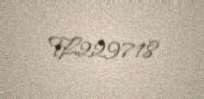
TL229718